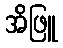
အိဖြူ